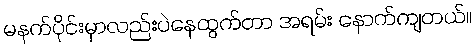
မနက်ပိုင်းမှာလည်းပဲနေထွက်တာ အရမ်း နောက်ကျတယ်။